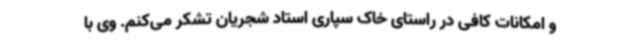
و امکانات کافی در راستای خاک ‌سپاری استاد شجریان تشکر می‌کنم. وی با